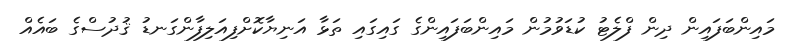
މައިންބަފައިން ދިން ފްލެޓު ކުޑަވުމުން މައިންބަފައިންގެ ގައިގައި ތަޅާ އަނިޔާކޮށްފިއަލިފާންގަނޑު ޤުދުސްގެ ބައެއް